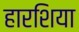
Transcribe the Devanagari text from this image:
हारशिया